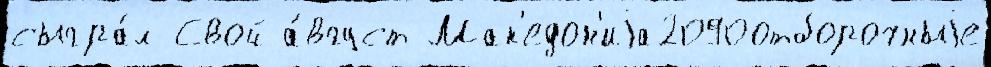
сыгра́л Свой а́вгуст Мак'едон'иjа2090отборочныjе